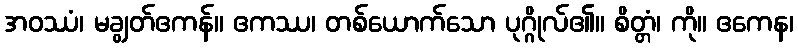
အဝဿံ၊ မချွတ်ဧကန်။ ဧကဿ၊ တစ်ယောက်သော ပုဂ္ဂိုလ်၏။ စိတ္တံ၊ ကို။ ဧကေန၊